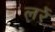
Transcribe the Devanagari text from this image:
लर्रे